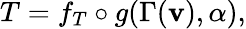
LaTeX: T=f_{T}\circ g(\Gamma(\mathbf{v}),\alpha),